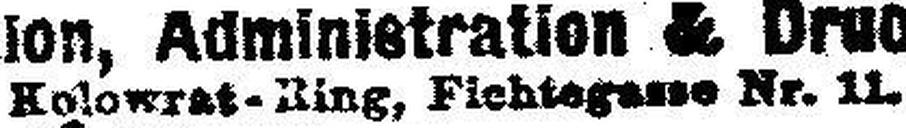
Kolowrat-Ring, Fichtegasse Nr. 11.